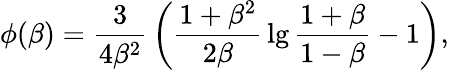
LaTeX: \phi(\beta)={\frac{3}{4\beta^{2}}}\left({\frac{1+\beta^{2}}{2\beta}}\lg{\frac{1+\beta}{1-\beta}}-1\right),